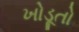
ખોડૂતો